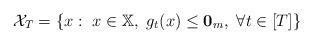
LaTeX: \begin{align*}\mathcal{X}_{T}=\{x:~x\in \mathbb{X},~g_{t}(x)\le{\bf0}_{m},~\forall t\in[T]\}\end{align*}